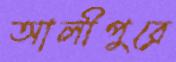
আলীপুরে